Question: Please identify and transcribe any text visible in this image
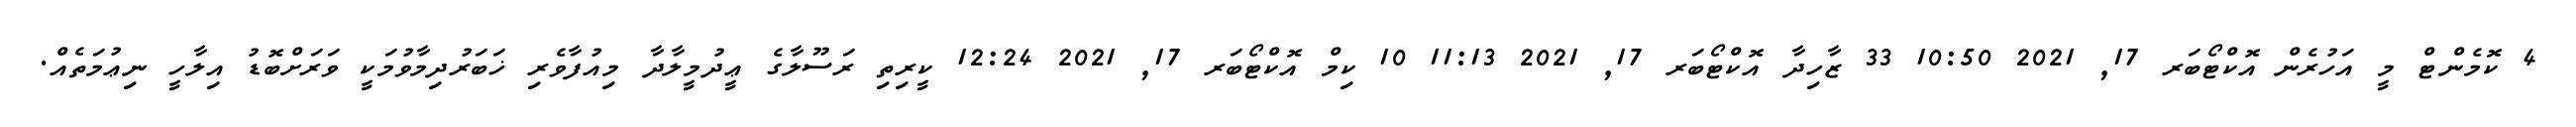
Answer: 4 ކޮމެންޓް މީ އަހުރެން އޮކްޓޯބަރ 17, 2021 10:50 33 ޒާހިދާ އޮކްޓޯބަރ 17, 2021 11:13 10 ކިމް އޮކްޓޯބަރ 17, 2021 12:24 ކީރިތި ރަސޫލާގެ ޢީދުމީލާދާ މިއުފާވެރި ޚަބަރުދިމާވުމަކީ ވަރަށްބޮޑު އިލާހީ ނިޢުމަތެއް.